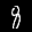
Label: 8